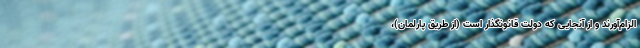
الزام‌آورند و از آنجایی که دولت قانونگذار است (از طریق پارلمان)،